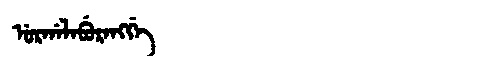
Manchu: ᡠᡵᡤᠠᠯᠠᠪᡠᡵᠠᠩᡤᡝ
Romanization: URGALABURANGGE